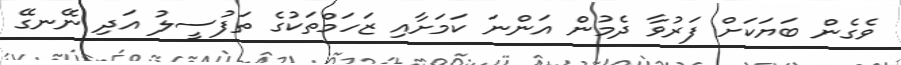
ވެގެން ބަޔަކަށް ފަރުވާ ދެމުން އަންނަ ކަމަށާއި ޒަހަމްތަކުގެ ތަފުސީލު އަދި ނޭނގޭ